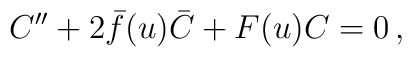
C^{\prime\prime}+2\bar{f}(u)\bar{C}+F(u)C=0\,,